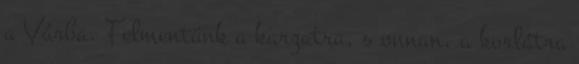
a Várba. Felmentünk a kar­zatra, s onnan, a korlátra